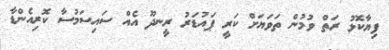
ފިޔާކޮޅު ރަތް ވުމުން ތަވަޔަށް ކަރީ ޕައުޑަރު ރީނދޫ އެއް ސައިސަމުސާ ކޮރިއެންޑާ